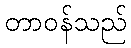
တာဝန်သည်